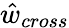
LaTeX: \hat{w}_{cross}